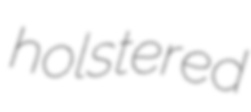
holstered